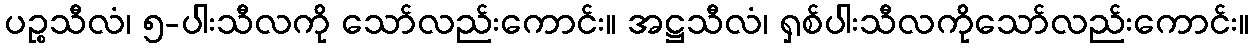
ပဉ္စသီလံ၊ ၅-ပါးသီလကို သော်လည်းကောင်း။ အဋ္ဌသီလံ၊ ရှစ်ပါးသီလကိုသော်လည်းကောင်း။